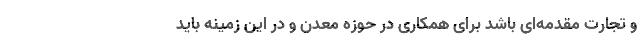
و تجارت مقدمه‌ای باشد برای همکاری در حوزه معدن و در این زمینه باید